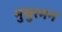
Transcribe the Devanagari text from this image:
मुथुरमन